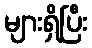
များရှိပြီး